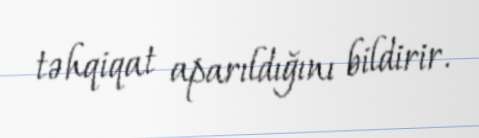
təhqiqat aparıldığını bildirir.